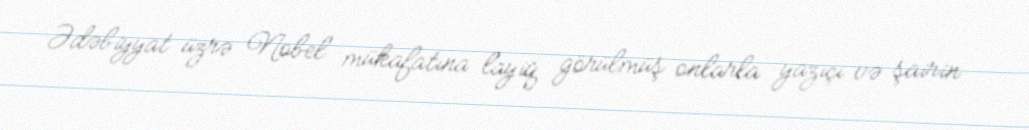
Ədəbiyyat üzrə Nobel mükafatına layiq görülmüş onlarla yazıçı və şairin